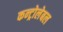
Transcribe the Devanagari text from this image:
कन्ट्रोलेबल